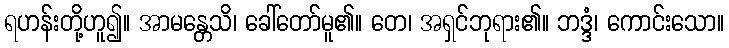
ရဟန်းတို့ဟူ၍။ အာမန္တေသိ၊ ခေါ်တော်မူ၏။ တေ၊ အရှင်ဘုရား၏။ ဘဒ္ဒံ၊ ကောင်းသော။